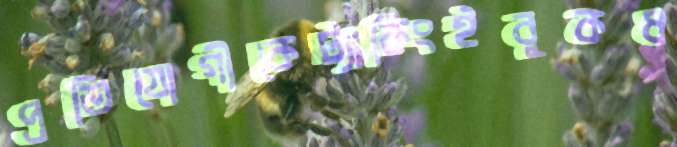
প্রতিযোগীকেট্যাকিংইবুকধ